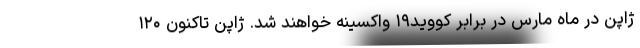
ژاپن در ماه مارس در برابر کووید۱۹ واکسینه خواهند شد. ژاپن تاکنون ۱۲۰